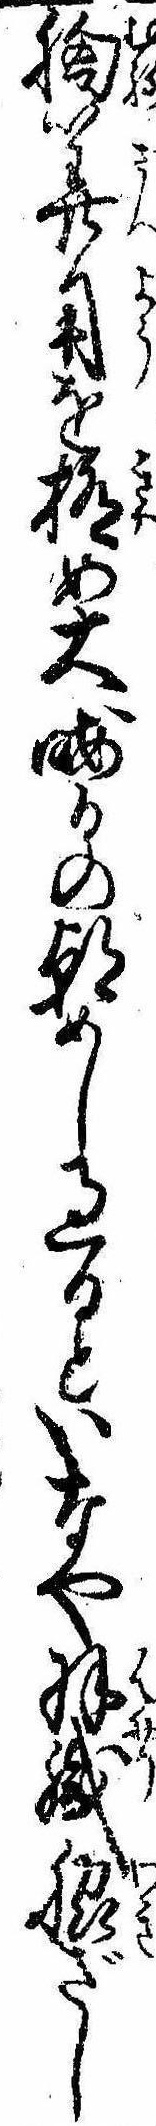
胸算用を極め大晦日の朝めし過るといなや羽織脇ざし